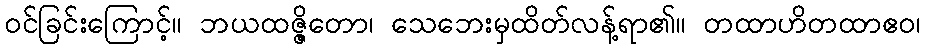
ဝင်ခြင်းကြောင့်။ ဘယထဇ္ဇိတော၊ သေဘေးမှထိတ်လန့်ရာ၏။ တထာဟိတထာဧဝ၊